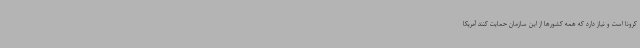
کرونا است و نیاز دارد که همه کشورها از این سازمان حمایت کنند آمریکا